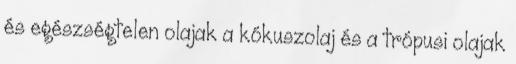
és egészségtelen olajak a kókuszolaj és a trópusi olajak